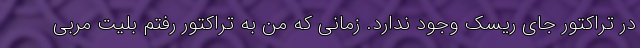
در تراکتور جای ریسک وجود ندارد. زمانی که من به تراکتور رفتم بلیت مربی